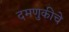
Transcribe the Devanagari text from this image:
दमणुकीचे